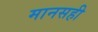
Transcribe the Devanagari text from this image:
मानसही